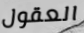
العقول